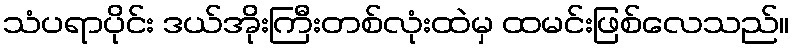
သံပရာပိုင်း ဒယ်အိုးကြီးတစ်လုံးထဲမှ ထမင်းဖြစ်လေသည်။